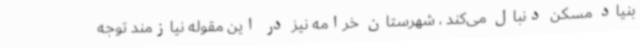
بنیاد مسکن دنبال می‌کند ، شهرستان خرامه نیز در این مقوله نیازمند توجه